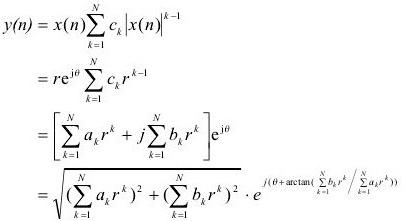
\[
\begin{align*}
y(n)&=x(n)\sum_{k = 1}^{N}c_{k}|x(n)|^{k - 1}\\
&=re^{j\theta}\sum_{k = 1}^{N}c_{k}r^{k - 1}\\
&=\left[\sum_{k = 1}^{N}a_{k}r^{k}+j\sum_{k = 1}^{N}b_{k}r^{k}\right]e^{j\theta}\\
&=\sqrt{\left(\sum_{k = 1}^{N}a_{k}r^{k}\right)^{2}+\left(\sum_{k = 1}^{N}b_{k}r^{k}\right)^{2}}\cdot e^{j\left(\theta+\arctan\left(\frac{\sum_{k = 1}^{N}b_{k}r^{k}}{\sum_{k = 1}^{N}a_{k}r^{k}}\right)\right)}
\end{align*}
\]